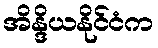
အိန္ဒိယနိုင်ငံက